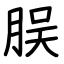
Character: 脵